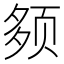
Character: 𫖰